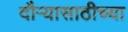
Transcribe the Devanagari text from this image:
दौऱ्यासाठीच्या